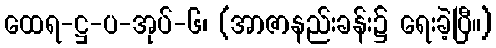
ထေရ-ဋ္ဌ-ပ-အုပ်-၆၊ (အာဇာနည်းခန်း၌ ရေးခဲ့ပြီ။)